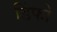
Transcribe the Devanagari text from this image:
डिंफो